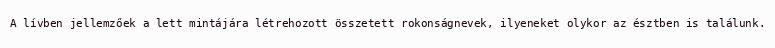
A lívben jellemzőek a lett mintájára létrehozott összetett rokonságnevek, ilyeneket olykor az észtben is találunk.